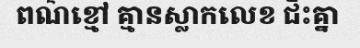
ពណ៌ខ្មៅ គ្មានស្លាកលេខ ជិះគ្នា